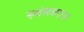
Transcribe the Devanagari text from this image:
स्वंमवरात